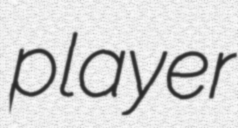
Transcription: player